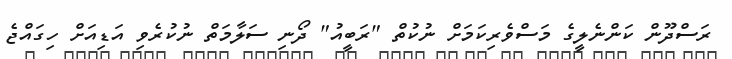
ރަސްދޫން ކަންނެލީގެ މަސްވެރިކަމަށް ނުކުތް "ރަބީއު" ދޯނި ސަލާމަތް ނުކުރެވި އަޑިއަށް ހިގައްޖެ